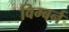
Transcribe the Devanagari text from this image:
विम्बर्न